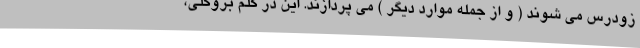
زودرس می شوند ( و از جمله موارد دیگر ) می پردازند. این در کلم بروکلی،